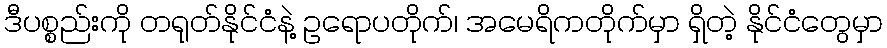
ဒီပစ္စည်းကို တရုတ်နိုင်ငံနဲ့ ဥရောပတိုက်၊ အမေရိကတိုက်မှာ ရှိတဲ့ နိုင်ငံတွေမှာ